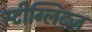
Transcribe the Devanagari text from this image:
स्टीग्लिट्ज़